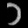
Digit: ၁